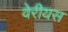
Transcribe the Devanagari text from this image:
वेरीयस